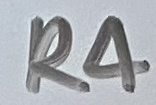
Text: R4